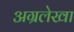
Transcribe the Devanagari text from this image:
अग्रलेखा